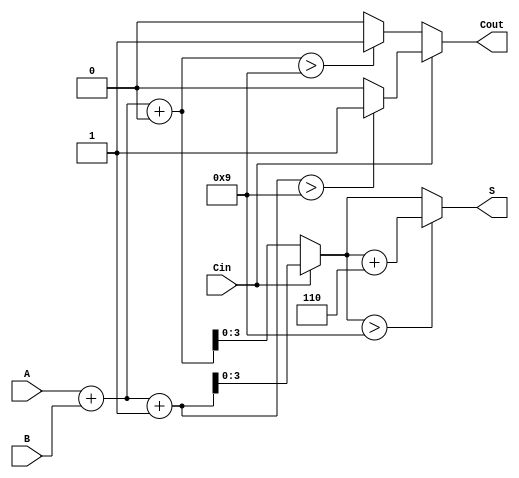
module BCD_Modified_Carry_Select_Adder (
    input [3:0] A,        // First BCD digit
    input [3:0] B,        // Second BCD digit
    input Cin,            // Carry-in
    output reg [3:0] S,   // BCD Sum
    output reg Cout       // Carry-out
);

    // Intermediate signals
    wire [4:0] S0;        // Sum with Cin = 0 (5 bits to capture overflow)
    wire [4:0] S1;        // Sum with Cin = 1 (5 bits to capture overflow)
    wire Cout0;           // Carry-out with Cin = 0
    wire Cout1;           // Carry-out with Cin = 1

    // Calculate S0 = A + B + 0
    assign S0 = A + B + 4'b0000;
    assign Cout0 = (S0 > 9) ? 1'b1 : 1'b0;

    // Calculate S1 = A + B + 1
    assign S1 = A + B + 4'b0001;
    assign Cout1 = (S1 > 9) ? 1'b1 : 1'b0;

    // Select the appropriate sum and carry-out based on Cin
    always @(*) begin
        if (Cin == 1'b0) begin
            S = S0[3:0];   // Select sum S0
            Cout = Cout0;  // Select carry-out Cout0
        end else begin
            S = S1[3:0];   // Select sum S1
            Cout = Cout1;  // Select carry-out Cout1
        end

        // BCD Correction if necessary
        if (S > 9) begin
            S = S + 4'b0110;  // Add 6 to correct the BCD result
        end
    end

endmodule